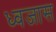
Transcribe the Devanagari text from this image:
ध्वजास